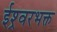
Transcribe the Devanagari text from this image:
ईश्र्वरभक्त